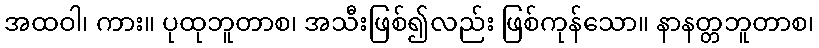
အထဝါ၊ ကား။ ပုထုဘူတာစ၊ အသီးဖြစ်၍လည်း ဖြစ်ကုန်သော။ နာနတ္တဘူတာစ၊